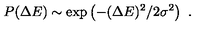
P ( \Delta E ) \sim \exp \left( - ( \Delta E ) ^ { 2 } / 2 \sigma ^ { 2 } \right) \ .